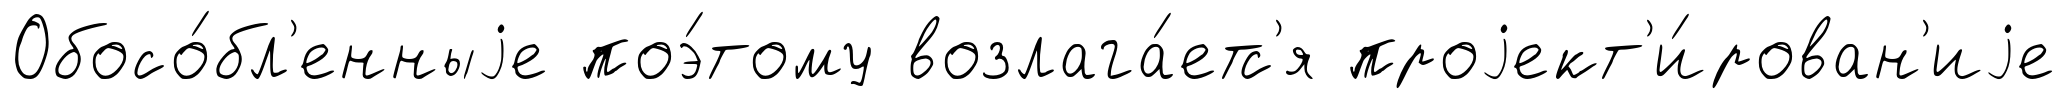
Обосо́бл'енныjе поэ́тому возлага́етс'я проjект'и́рован'иjе